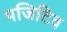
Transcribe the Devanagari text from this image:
पजिटिव